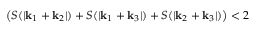
\left( S ( | \mathbf { k } _ { 1 } + \mathbf { k } _ { 2 } | ) + S ( | \mathbf { k } _ { 1 } + \mathbf { k } _ { 3 } | ) + S ( | \mathbf { k } _ { 2 } + \mathbf { k } _ { 3 } | ) \right) < 2